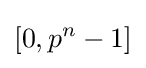
[0,p^{n}-1]